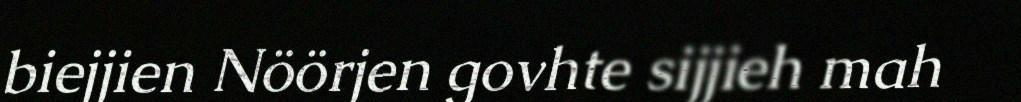
biejjien Nöörjen govhte sijjieh mah